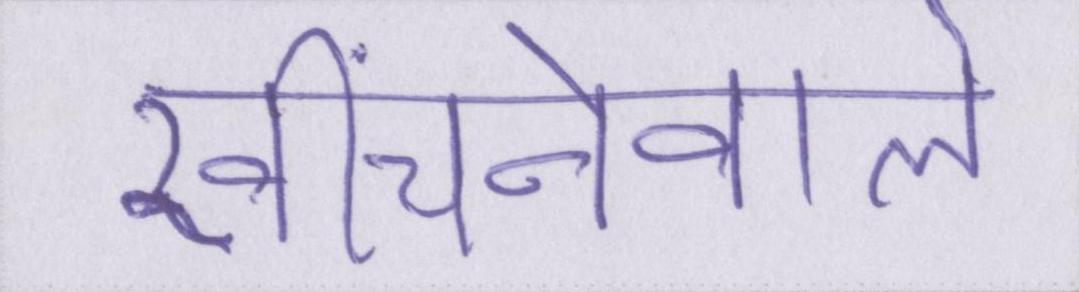
खींचनेवाले